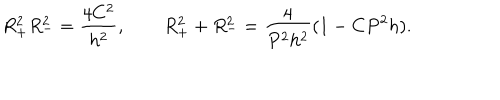
R _ { + } ^ { 2 } R _ { - } ^ { 2 } = \frac { 4 C ^ { 2 } } { h ^ { 2 } } , \qquad R _ { + } ^ { 2 } + R _ { - } ^ { 2 } = \frac { 4 } { P ^ { 2 } h ^ { 2 } } ( 1 - C P ^ { 2 } h ) .